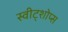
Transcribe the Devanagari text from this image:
स्वीट्शोप्स